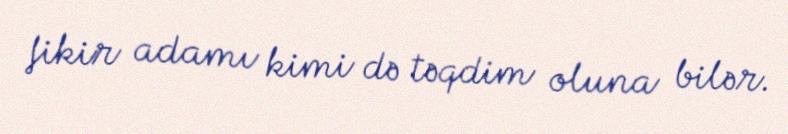
fikir adamı kimi də təqdim oluna bilər.